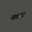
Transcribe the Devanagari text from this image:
मालेया